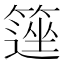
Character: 𥲽